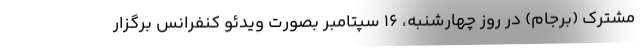
مشترک (برجام) در روز چهارشنبه، 16 سپتامبر بصورت ویدئو کنفرانس برگزار